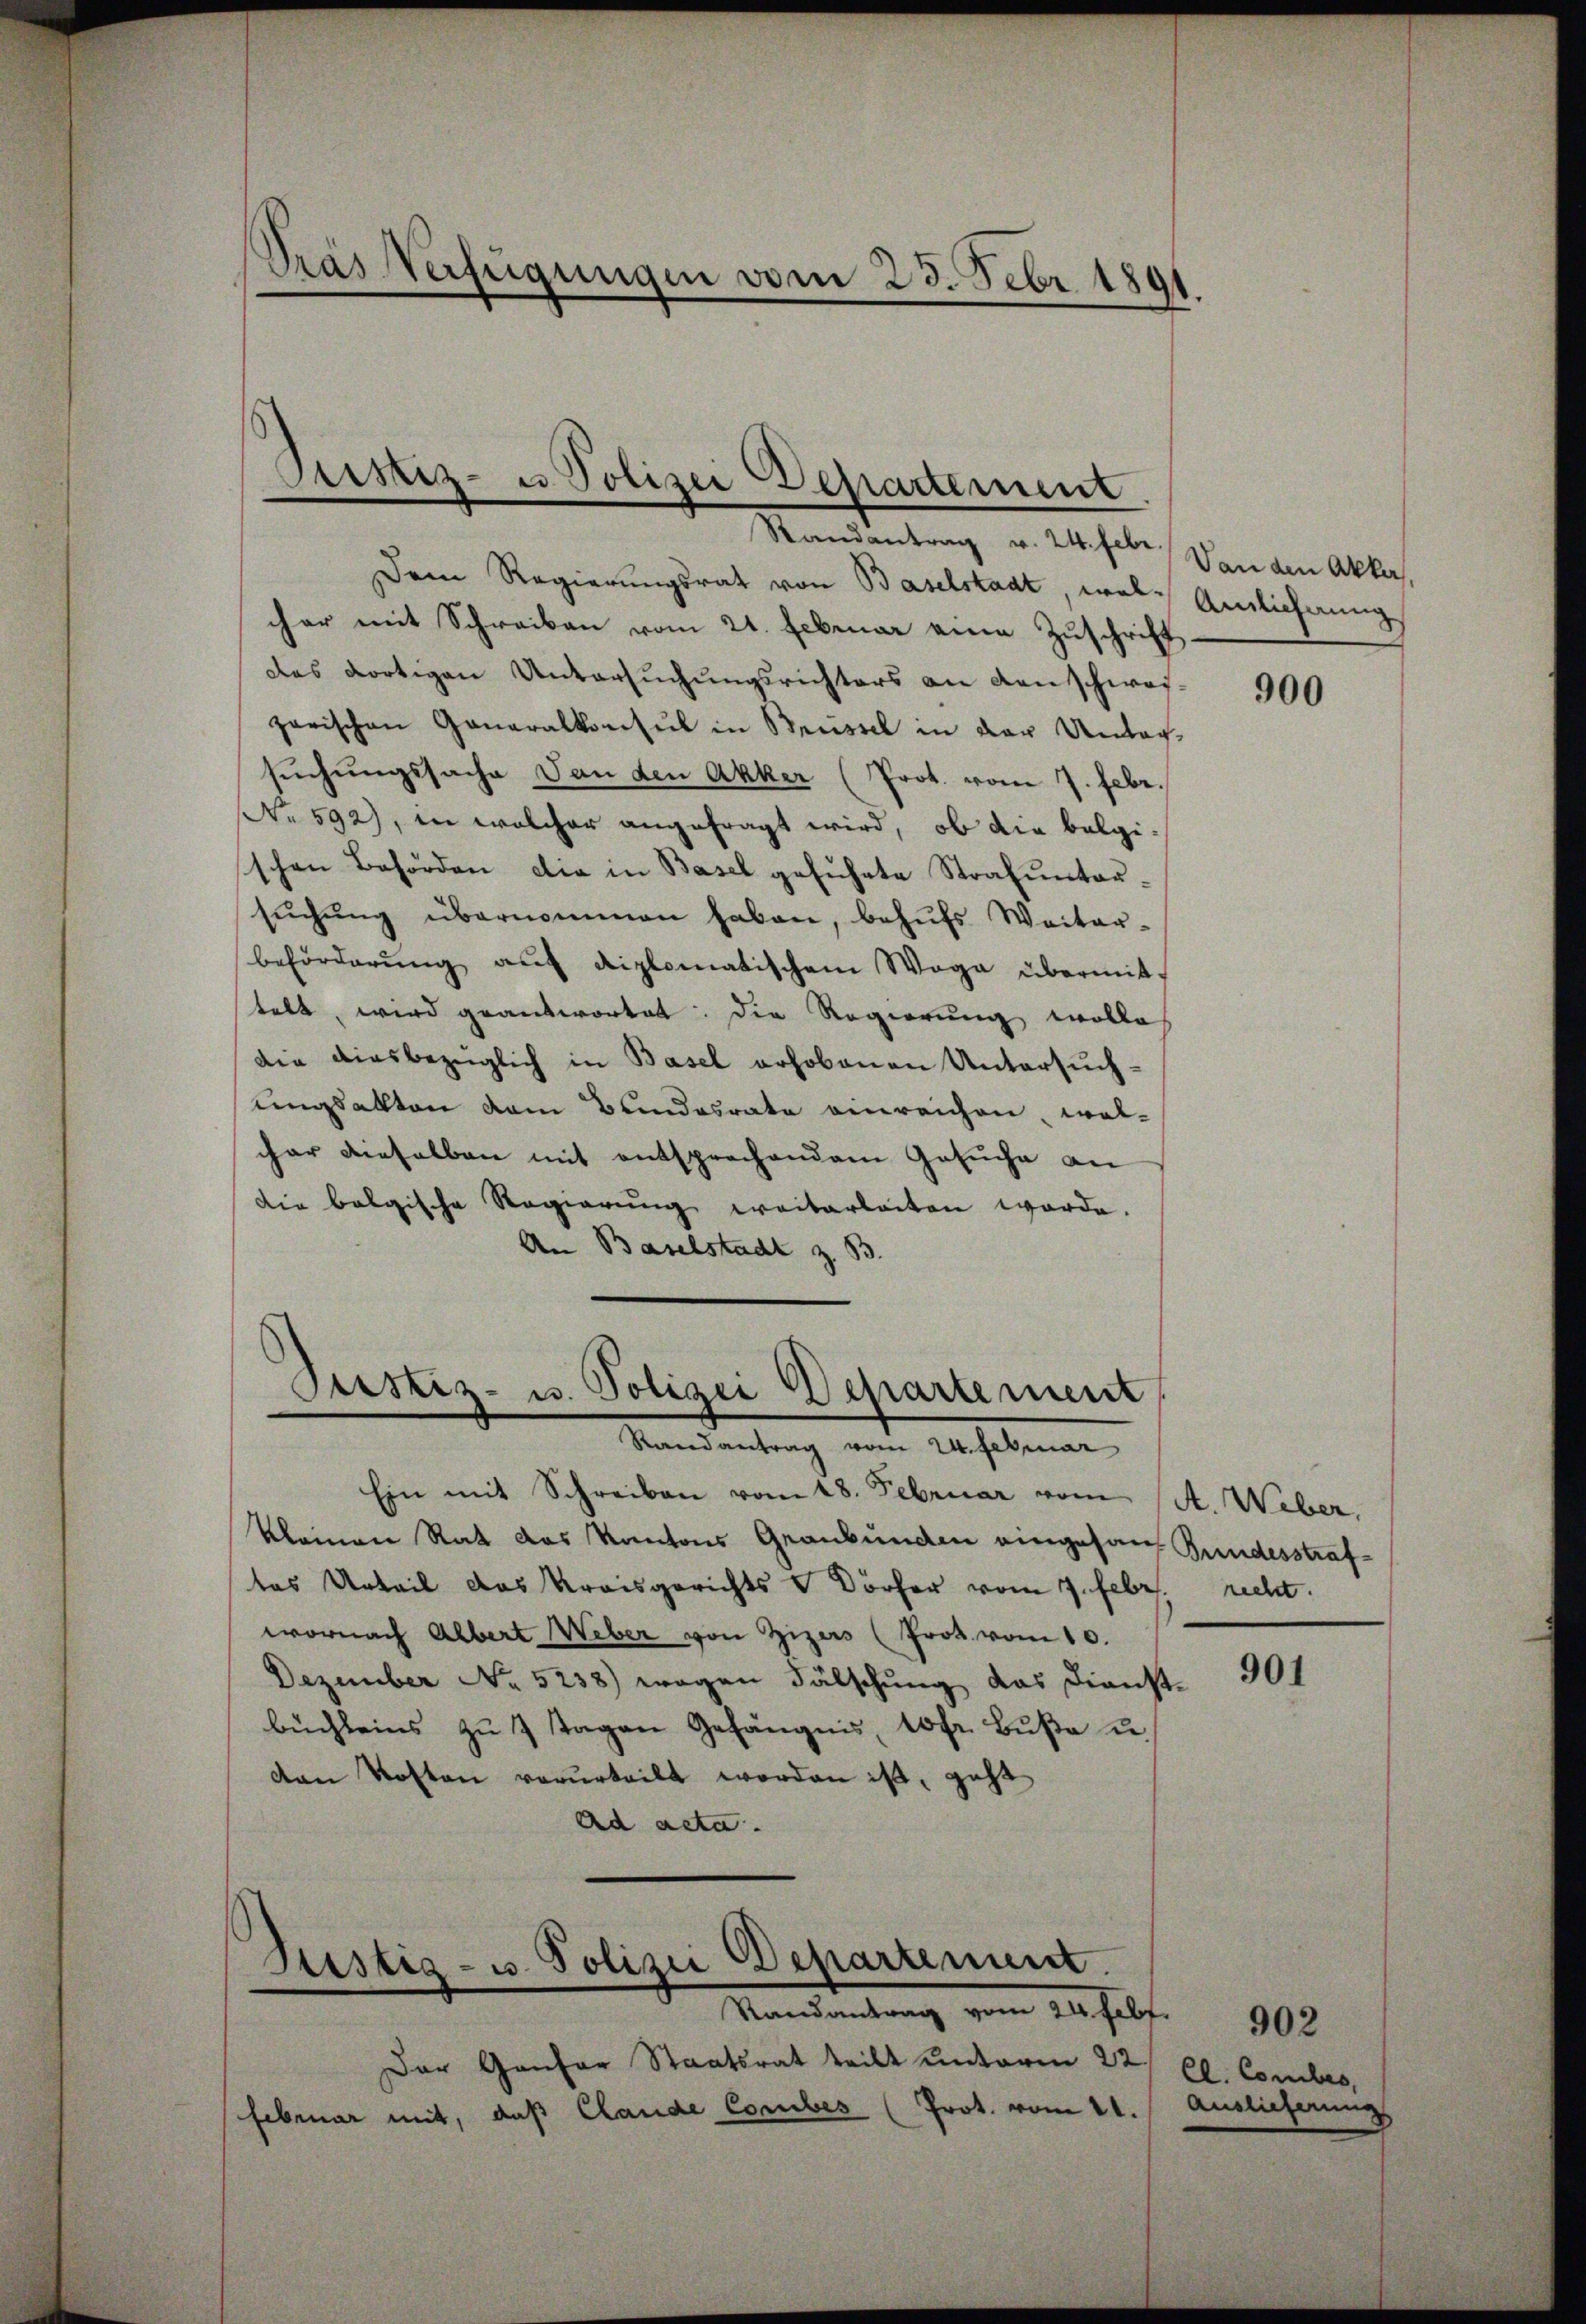
Randantrag v. 24. Febr
Dem Regierungsrat von Baselstadt, welcher mit Schreiben vom 21. Februar eine Zuschrift
Das dortigen Untersuchungsrichters an den schwer-
zarischen Generalkonsul in Brüssel in der Untagsuchungssache dan den Akker (Prot. vom 7. Febr.
(No 592), in welcher angefragt wird, ob die balgischen Behörden die in Basel geführte Strafuntersŭchŭng übernommen haben, behŭfs Weiter-
beförderung auf diplomatischem Wege übermit-
telt, wird geantwortet: Die Regierung wolle
die diesbezüglich in Basel erhobenen Untersuchungsakten dem Bundesrate einreichen, wel-
cher dieselben mit entsprechendem Gesuche an
die belgische Regierŭng weiterbeiten werde.
An Baselstadt z. B.
Justiz- u. Polizei Departement

Dräs Verfügungen vom 25. Febr. 1891
.

Justiz- u Polizei Departement

Randantrag vom 24. Februar

Bestig - u. Polizei Departement.
Randantrag vom 24. Febr.

Ein mit Schreiben vom 18. Februar vom 1. Weber,
kleinen Rat das Kantons Graubünden eingesan Bundesstrafdas Urteil das Kreisgerichts - Dörfer vom 7. Febr. recht.
wornach Albert Weber von Zizers (Prot. vom 10.
Dezember No 5238) wegen Fälschung das Dienstbüchleins zŭ 1 Tagen Gefängnis, 10 fr. Bŭβe u.
den Kosten verurteilt worden ist, geht
Ad acta.

Der Genfer Staatsrat teilt unterm 22.
februar mit, daß Claude Corbes (Prot. vom 11.

Von den Akker,
Amlichnung

900

901

Cl. Conclus
Auslieferung

902